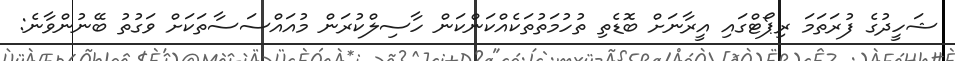
ޝަހީދުގެ ފުރަތަމަ ރިޕޯޓްގައި އީރާނަށް ބޮޑެތި ތުހުމަތުތަކެއްކަންކަން ހާސިލްކުރަން މުއައްސަސާތަކަށް ވަގުތު ބޭނުންވާނެ: